Leaving Certificate, 1896
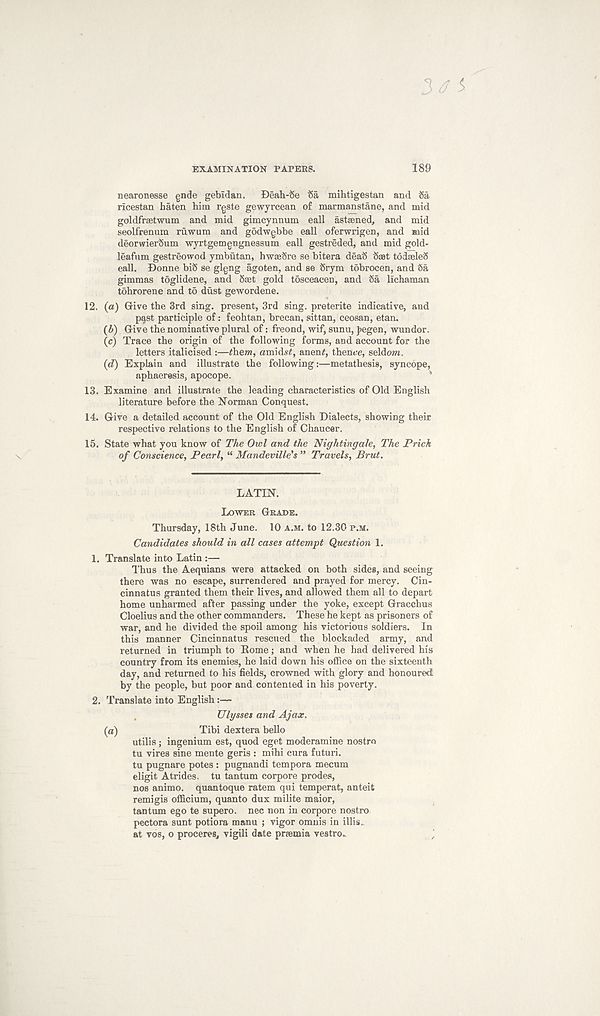
EXAMINATION PAPERS.
3^5
189
nearonesse gnde gebldan.
Deah-Se t5a mihtigestan and tSa
rlcestan haten him rgste gewyrcean of marmanstane, and mid
goldfrsetwum and mid gimcynnum eall astaened, and mid
seolfrenum ruwum and godwgbbe eall oferwrigen, and mid
deorwierSum wyrtgemgngnessum eall gestreded, and mid gold-
leafum gestreowod ymbutan, hwseSre se bitera deab tSast todaeleS
eall. Donne bi8 se glgng agoten, and se Srym tobrocen, and Sa
gimmas toglidene, and Saet gold tosceacen, and Sa llchaman
tohrorene and to dust gewordene.
12. (a) Give the 3rd sing, present, 3rd sing, preterite indicative, and
pjjst participle of: feohtan, brecan, sittan, ceosan, etan.
(6) Give the nominative plural of: freond, wif, sunu, pegen, wundor.
(c) Trace the origin of the following forms, and account for the
letters italicised :—them, amidst, anent, thence, seldom.
(d) Explain and illustrate the following:—metathesis, syncope,
aphaeresis, apocope.
13. Examine and illustrate the leading characteristics of Old English
literature before the Norman Conquest.
14. Give a detailed account of the Old English Dialects, showing their
respective relations to the English of Chaucer.
15. State what you know of The Owl and the Nightingale, The Prick
of Conscience, Pearl, “ Mandeville's ” Travels, Brut.
LATIN.
LOWER GRADE.
Thursday, 18th June. 10 A.M. to 12.30 P.M.
Candidates should in all cases attempt Question 1.
1. Translate into Latin :—
Thus the Aequians were attacked on both sides, and seeing
there was no escape, surrendered and prayed for mercy. Cin-
cinnatus granted them their lives, and allowed them all to depart
home unharmed after passing under the yoke, except Gracchus
Cloelius and the other commanders. These he kept as prisoners of
war, and he divided the spoil among his victorious soldiers. In
this manner Cincinnatus rescued the blockaded army, and
returned in triumph to Rome; and when he had delivered his
country from its enemies, he laid down his office on the sixteenth
day, and returned to his fields, crowned with glory and honoured
by the people, but poor and contented in his poverty.
2. Translate into English :—
Ulysses and Ajax.
(a)
Tibi dextera bello
utilis; ingenium est, quod eget moderamine nostro
tu vires sine mente geris : mihi cura futuri.
tu pugnare potes : pugnandi tempora mecum
digit Atrides. tu tantum corpore prodes,
nos animo. quantoque ratem qui temperat, anteit
remigis officium, quanto dux milite maior,
tantum ego te supero. nec non in corpore nostro
pectora sunt potiora manu ; vigor omnis in illis,.
at vos, o proceres, vigili date premia vestro.